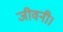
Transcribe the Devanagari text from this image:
जीवनी।